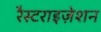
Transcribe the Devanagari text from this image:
रैस्टराइज़ेशन